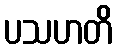
ပသဟတိ